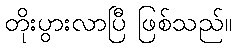
တိုးပွားလာပြီ ဖြစ်သည်။